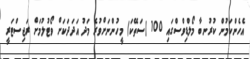
އެހެންކަމުން ކުރުނބާ މޯލްޑިވްސްގައި 100 (ސަތޭކަ) މީހުންނަށްވުރެ މަދު އަދަދަކަށް ވޯޓުލުމަށް ރަޖިސްޓަރީ